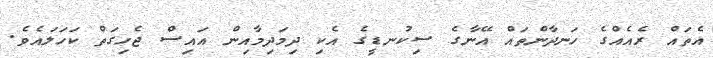
އެތައް ރެއެއްގެ ހަނދާންތައް އޭނާގެ ސިކުނޑީގެ އެކި ދިމަދިމާއިން އައިސް ޖެހިގަތް ކަހަލައެވެ.